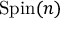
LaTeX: { \mathrm { S p i n } } ( n )